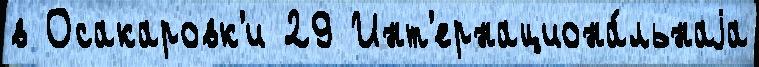
в Осакаровк'и 29 Инт'ернациона́льнаjа